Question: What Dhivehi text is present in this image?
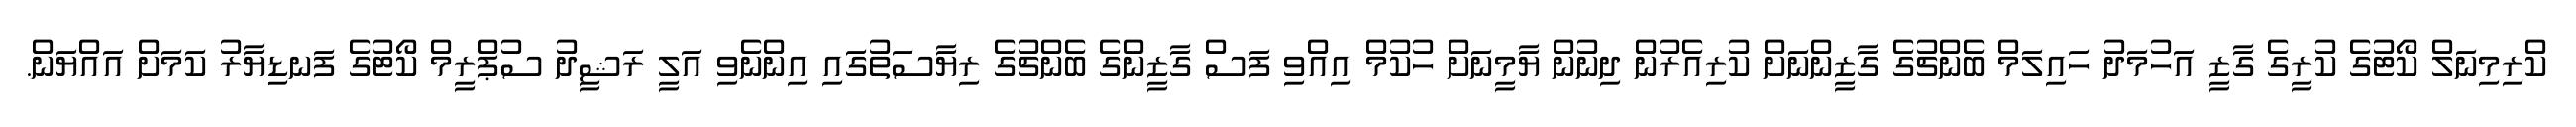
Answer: ކްރިމިނަލް ކޯޓުގެ ކުރީގެ ގާޒީ އަހުމަދު ހައިލަމް ބެންޗުގެ ގާޒީންނަށް ކުރިއެރުން ދިނުން ޔާމީނަށް ހުކުމް އިއްވި ފަސް ގާޒީންގެ ބެންޗުގެ ރިޔާސަތުގައި އިންނެވި އަލީ ރަޝީދު ސުޕްރީމް ކޯޓުގެ ފަނޑިޔާރު ކަމަށް އައްޔަން.